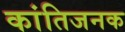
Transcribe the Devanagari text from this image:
कांतिजनक